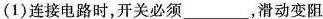
(1)连接电路时，开关必须___，滑动变阻